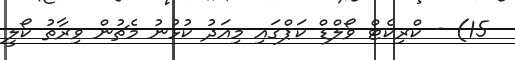
15) - ކްރިކެޓް ވޯލްޑް ކަޕްގައި މިއަދު ކުޅުނު މެޗުން ވިރާތު ކޯލީ